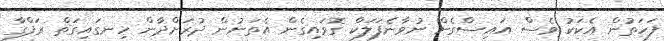
ފަހަތުން އެކަކު ވެސް އައިސްގެން ނުވާނެފަލަކް ގޮވައިގެން އެތަނުން ދުރަށްދާން ހިނގައިގަތް ރަފްގާ